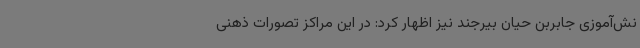
نش‌آموزی جابربن حیان بیرجند نیز اظهار کرد: در این مراکز تصورات ذهنی